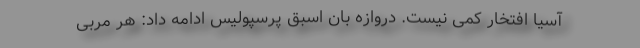
آسیا افتخار کمی نیست. دروازه بان اسبق پرسپولیس ادامه داد: هر مربی